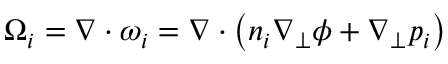
\Omega _ { i } = \nabla \cdot \omega _ { i } = \nabla \cdot \left( n _ { i } \nabla _ { \perp } \phi + \nabla _ { \perp } p _ { i } \right)